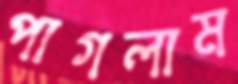
পাগলাম